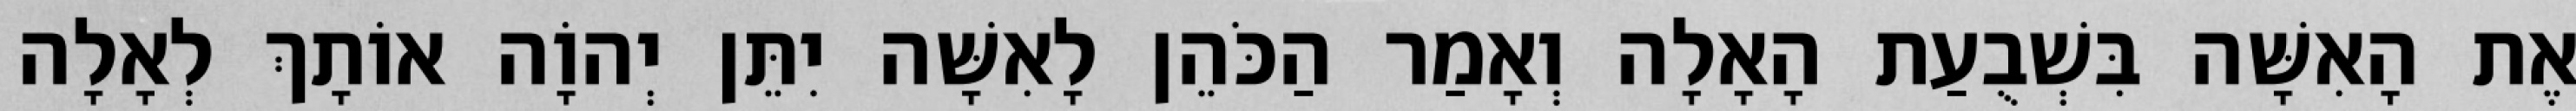
אֶת הָאִשָּׁה בִּשְׁבֻעַת הָאָלָה וְאָמַר הַכֹּהֵן לָאִשָּׁה יִתֵּן יְהוָֹה אוֹתָךְ לְאָלָה